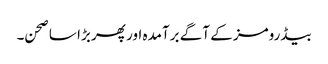
بیڈرومز کے آگے برآمدہ اور پھر بڑا سا صحن۔